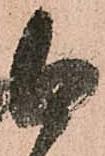
自